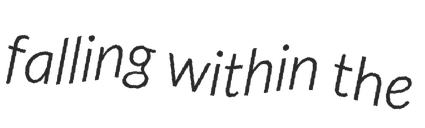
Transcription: falling within the